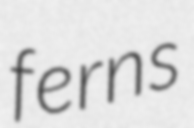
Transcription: ferns